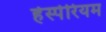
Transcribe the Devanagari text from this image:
हेस्पेरियम